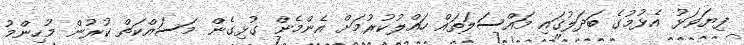
ފިޔަވަޅު އެޅުމުގެ ބަދަލުގައި މައްސަލަތައް ހައްލުކުރުމަށް އެންމެން ގުޅިގެން މަސައްކަތް ކުރުން މުހިންމު